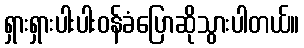
ရှားရှားပါးပါးဝန်ခံပြောဆိုသွားပါတယ်။